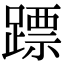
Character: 𨄏